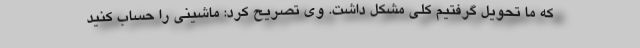
که ما تحویل گرفتیم کلی مشکل داشت. وی تصریح کرد: ماشینی را حساب کنید